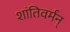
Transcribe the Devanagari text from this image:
शांतिवर्मन्